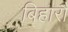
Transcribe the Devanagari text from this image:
बिहारौं